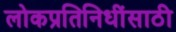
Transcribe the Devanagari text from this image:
लोकप्रतिनिधींसाठी